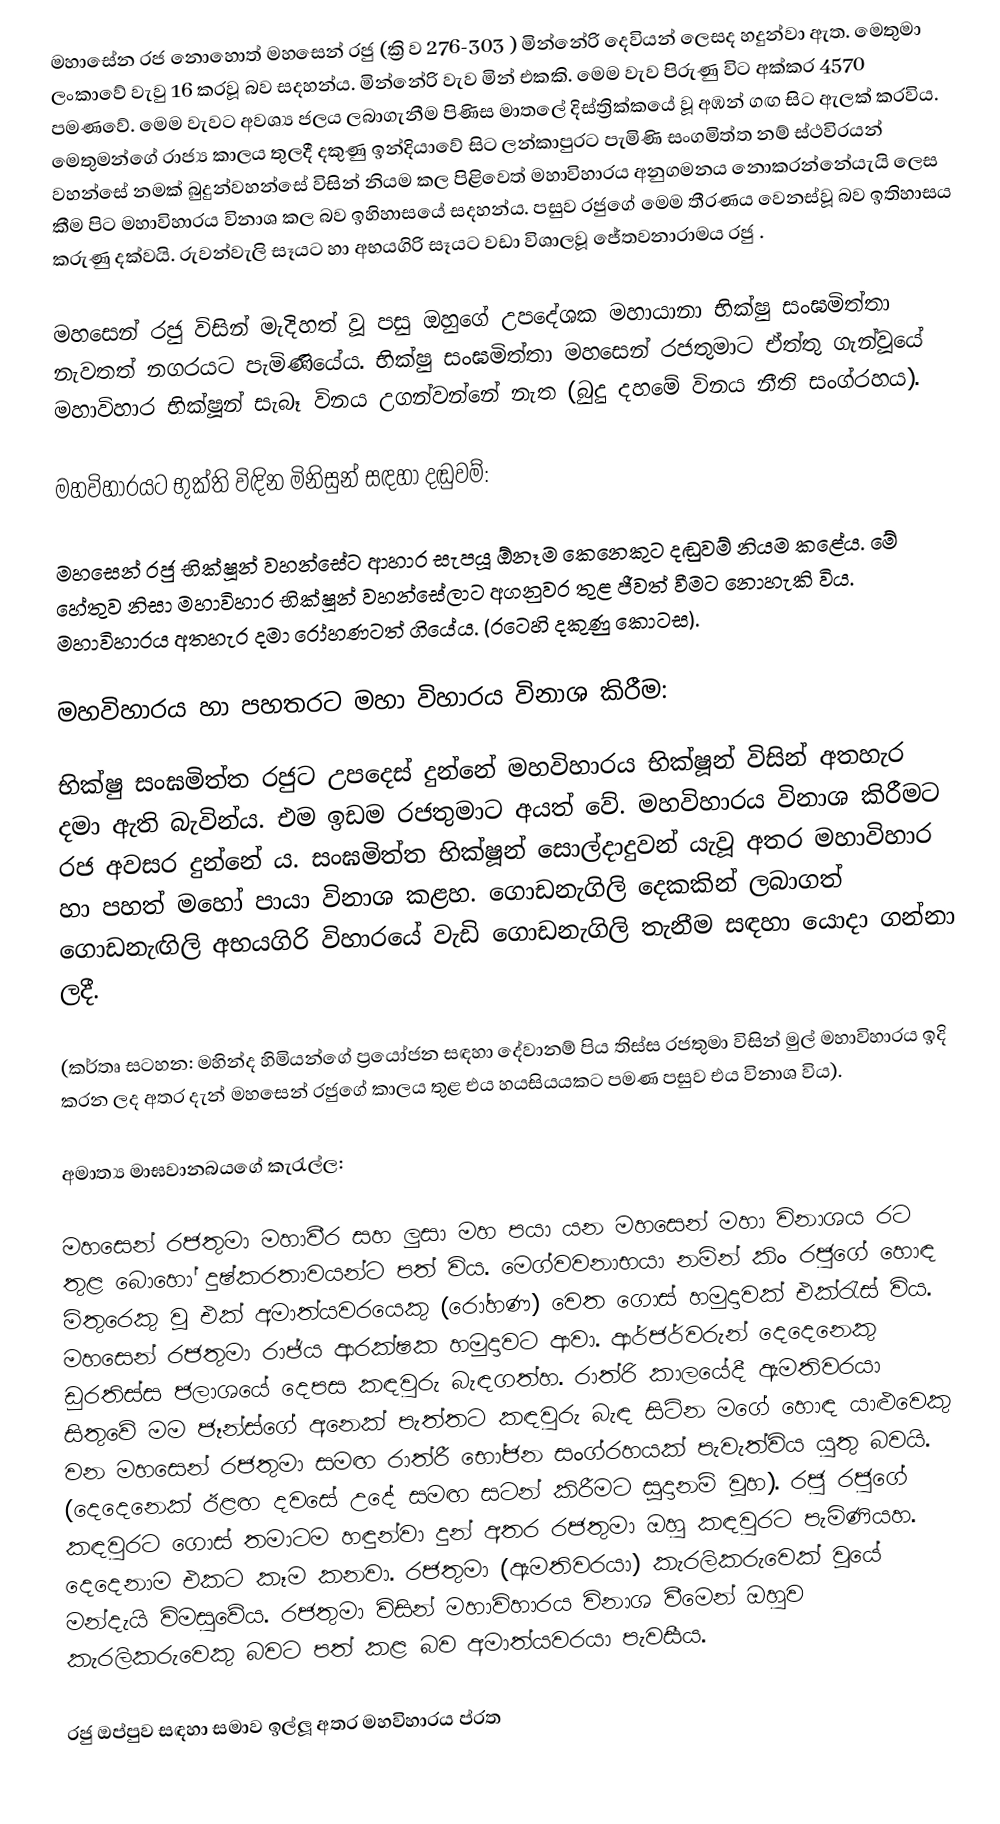
මහාසේන රජ නොහොත් මහසෙන් රජු (ක්‍රි ව 276-303 ) මින්නේරි දෙවියන් ලෙසද හදුන්වා ඇත. මෙතුමා ලංකාවේ වැවු 16 කරවූ බව සදහන්ය. මින්නේරි වැව මින් එකකි. මෙම වැව පිරුණු විට අක්කර 4570 පමණවේ. මෙම වැවට අවශ්‍ය ජලය ලබාගැනීම පිණිස මාතලේ දිස්ත්‍රික්කයේ වූ අඹන් ගඟ සිට ඇලක් කරවිය. මෙතුමන්ගේ රාජ්‍ය කාලය තුලදී දකුණු ඉන්දියාවේ සිට  ලන්කාපුරට පැමිණි සංගමිත්ත නම් ස්ථවිරයන් වහන්සේ නමක් බුදුන්වහන්සේ විසින් නියම කල පිළිවෙත් මහාවිහාරය අනුගමනය නොකරන්නේයැයි ලෙස කීම පිට මහාවිහාරය විනාශ කල බව ඉහිහාසයේ සදහන්ය. පසුව රජුගේ මෙම තීරණය වෙනස්වූ බව ඉතිහාසය කරුණු දක්වයි. රුවන්වැලි සෑයට හා අභයගිරි සෑයට වඩා විශාලවූ ජේතවනාරාමය රජු .

මහසෙන් රජු විසින් මැදිහත් වූ පසු ඔහුගේ උපදේශක මහායානා භික්ෂු සංඝමිත්තා නැවතත් නගරයට පැමිණියේය. භික්ෂු සංඝමිත්තා මහසෙන් රජතුමාට ඒත්තු ගැන්වූයේ මහාවිහාර භික්ෂූන් සැබෑ විනය උගන්වන්නේ නැත (බුදු දහමේ විනය නීති සංග්රහය).

මහවිහාරයට භුක්ති විඳින මිනිසුන් සඳහා දඬුවම්:

මහසෙන් රජු භික්ෂූන් වහන්සේට ආහාර සැපයූ ඕනෑම කෙනෙකුට දඬුවම් නියම කළේය. මේ හේතුව නිසා මහාවිහාර භික්ෂූන් වහන්සේලාට අගනුවර තුළ ජීවත් වීමට නොහැකි විය. මහාවිහාරය අතහැර දමා රෝහණටත් ගියේය. (රටෙහි දකුණු කොටස).

මහවිහාරය හා පහතරට මහා විහාරය විනාශ කිරීම:

භික්ෂු සංඝමිත්ත රජුට උපදෙස් දුන්නේ මහවිහාරය භික්ෂූන් විසින් අතහැර දමා ඇති බැවින්ය. එම ඉඩම රජතුමාට අයත් වේ. මහවිහාරය විනාශ කිරීමට රජ අවසර දුන්නේ ය. සංඝමිත්ත භික්ෂූන් සොල්දාදුවන් යැවූ අතර මහාවිහාර හා පහත් මහෝ පායා විනාශ කළහ. ගොඩනැගිලි දෙකකින් ලබාගත් ගොඩනැඟිලි අභයගිරි විහාරයේ වැඩි ගොඩනැගිලි තැනීම සඳහා යොදා ගන්නා ලදී.

(කර්තෘ සටහන: මහින්ද හිමියන්ගේ ප්‍රයෝජන සඳහා දේවානම් පිය තිස්ස රජතුමා විසින් මුල් මහාවිහාරය ඉදි කරන ලද අතර දැන් මහසෙන් රජුගේ කාලය තුළ එය හයසියයකට පමණ පසුව එය විනාශ විය). 

අමාත්‍ය මාඝවානබයගේ කැරැල්ල:

මහසෙන් රජතුමා මහාවීර සහ ලුසා මහ පයා යන මහසෙන් මහා විනාශය රට තුළ බොහෝ දුෂ්කරතාවයන්ට පත් විය. මෙග්වවනාභයා නමින් කිං රජුගේ හොඳ මිතුරෙකු වූ එක් අමාත්යවරයෙකු (රෝහණ) වෙත ගොස් හමුදාවක් එක්රැස් විය. මහසෙන් රජතුමා රාජ්ය ආරක්ෂක හමුදාවට ආවා. ආර්ජර්වරුන් දෙදෙනෙකු ඩුරතිස්ස ජලාශයේ දෙපස කඳවුරු බැඳගත්හ. රාත්රි කාලයේදී ඇමතිවරයා සිතුවේ මම ජෑන්ස්ගේ අනෙක් පැත්තට කඳවුරු බැඳ සිටින මගේ හොඳ යාළුවෙකු වන මහසෙන් රජතුමා සමඟ රාත්රී භෝජන සංග්රහයක් පැවැත්විය යුතු බවයි. (දෙදෙනෙක් ඊළඟ දවසේ උදේ සමඟ සටන් කිරීමට සූදානම් වූහ). රජු රජුගේ කඳවුරට ගොස් තමාටම හඳුන්වා දුන් අතර රජතුමා ඔහු කඳවුරට පැමිණියහ. දෙදෙනාම එකට කෑම කනවා. රජතුමා (ඇමතිවරයා) කැරලිකරුවෙක් වූයේ මන්දැයි විමසුවේය. රජතුමා විසින් මහාවිහාරය විනාශ වීමෙන් ඔහුව කැරලිකරුවෙකු බවට පත් කළ බව අමාත්යවරයා පැවසීය.

රජු ඔප්පුව සඳහා සමාව ඉල්ලූ අතර මහවිහාරය ප්රත